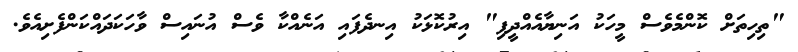
"ތިހިތަށް ކޮންމެވެސް މީހަކު އަނިޔާއެއްދީފި" އިރުކޮޅަކު އިނދެފައި އަނެއްކާ ވެސް އުނައިސް ވާހަކަދައްކަންފެށިއެވެ.